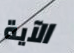
الآية